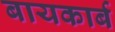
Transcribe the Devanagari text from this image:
बायकार्ब